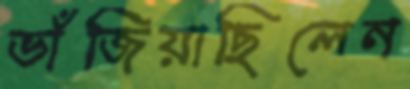
ভাঁজিয়াছিলেন